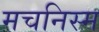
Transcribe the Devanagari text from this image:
मचनिस्म